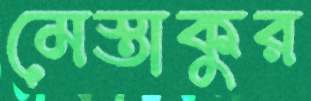
মেস্তাকুর